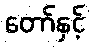
တော်နှင့်